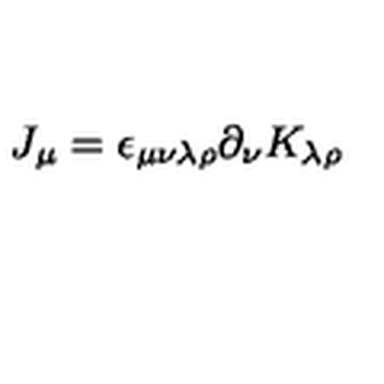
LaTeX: J _ { \mu } = \epsilon _ { \mu \nu \lambda \rho } \partial _ { \nu } K _ { \lambda \rho }